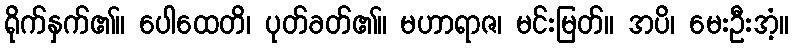
ရိုက်နှက်၏။ ပေါထေတိ၊ ပုတ်ခတ်၏။ မဟာရာဇ၊ မင်းမြတ်။ အပိ၊ မေးဦးအံ့။